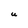
Character: U